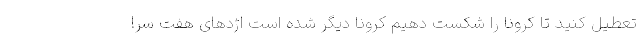
تعطیل کنید تا کرونا را شکست دهیم کرونا دیگر شده است اژدهای هفت سر!